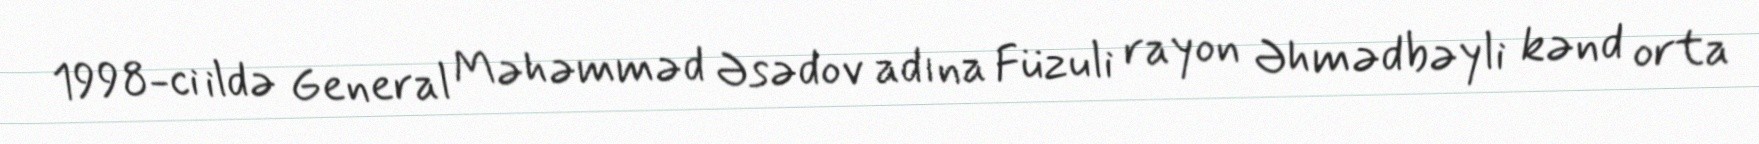
1998-ci ildə General Məhəmməd Əsədov adına Füzuli rayon Əhmədbəyli kənd orta